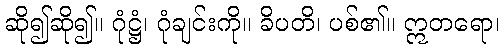
ဆို၍ဆို၍။ ဂုံဋ္ဌံ၊ ဂုံချင်းကို။ ခိပတိ၊ ပစ်၏။ ဣတရော၊